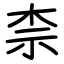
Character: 柰